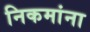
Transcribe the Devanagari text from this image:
निकमांना